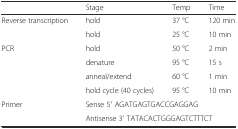
<table><thead><tr><td></td><td><b>Stage</b></td><td><b>Temp</b></td><td><b>Time</b></td></tr></thead><tbody><tr><td rowspan="2">Reverse transcription</td><td>hold</td><td>37 °C</td><td>120 min</td></tr><tr><td>hold</td><td>25 °C</td><td>10 min</td></tr><tr><td rowspan="4">PCR</td><td>hold</td><td>50 °C</td><td>2 min</td></tr><tr><td>denature</td><td>95 °C</td><td>15 s</td></tr><tr><td>anneal/extend</td><td>60 °C</td><td>1 min</td></tr><tr><td>hold cycle (40 cycles)</td><td>95 °C</td><td>10 min</td></tr><tr><td rowspan="2">Primer</td><td colspan="3">Sense 5′ AGATGAGTGACCGAGGAG</td></tr><tr><td colspan="3">Antisense 3′ TATACACTGGGAGTCTTTCT</td></tr></tbody></table>